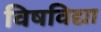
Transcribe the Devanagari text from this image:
विषविद्या